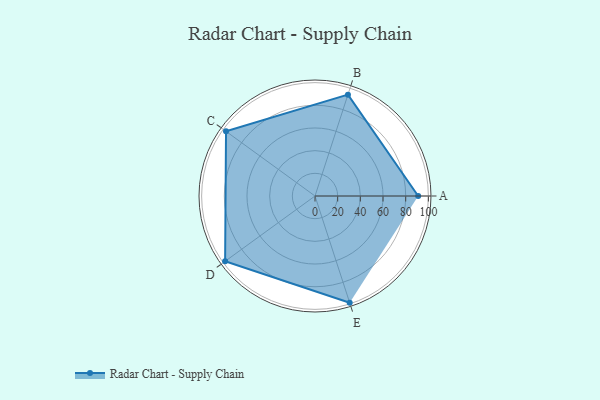
{"axis": {"x": "Skill", "y": "Score"}, "legend": ["Profile"], "data": [{"x": "A", "y": 91.0, "type": "Profile"}, {"x": "B", "y": 94.0, "type": "Profile"}, {"x": "C", "y": 97.0, "type": "Profile"}, {"x": "D", "y": 98.0, "type": "Profile"}, {"x": "E", "y": 99, "type": "Profile"}]}